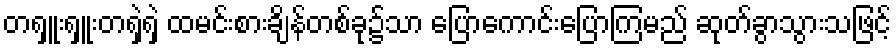
တရှူးရှူးတရှဲရှဲ ထမင်းစားချိန်တစ်ခု၌သာ ပြောကောင်းပြောကြမည် ဆုတ်ခွာသွားသဖြင့်